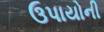
ઉપાયોની